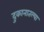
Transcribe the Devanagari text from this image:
दुकानातल्या